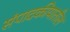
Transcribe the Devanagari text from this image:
संपादकीयातील